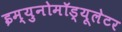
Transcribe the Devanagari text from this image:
इम्युनोमॉड्यूलेटर